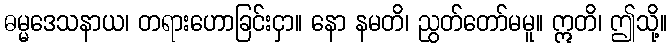
ဓမ္မဒေသနာယ၊ တရားဟောခြင်းငှာ။ နော နမတိ၊ ညွတ်တော်မမူ။ ဣတိ၊ ဤသို့။